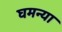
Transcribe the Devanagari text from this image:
घमन्या